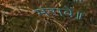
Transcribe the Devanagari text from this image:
मरावें॥